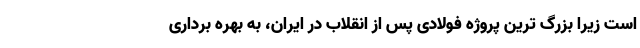
است زیرا بزرگ ترین پروژه فولادی پس از انقلاب در ایران، به بهره برداری